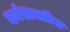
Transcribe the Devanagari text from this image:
धर्मशास्त्रींना